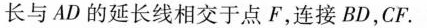
长与AD的延长线相交于点F，连接BD，CF.